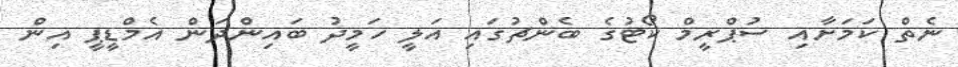
ނެތް ކަމަށާއި ސުޕްރީމް ކޯޓުގެ ބެންޗުގައި އަލީ ހަމީދު ބައިންދަން އެމްޑީޕީ އިން